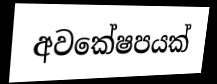
අවකේෂපයක්